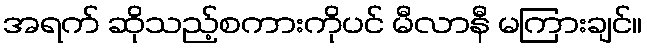
အရက် ဆိုသည့်စကားကိုပင် မီလာနီ မကြားချင်။